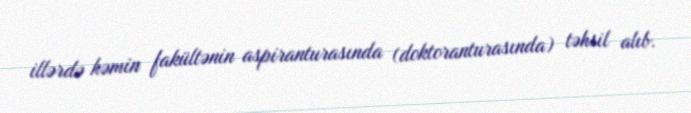
illərdə həmin fakültənin aspiranturasında (doktoranturasında) təhsil alıb.